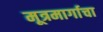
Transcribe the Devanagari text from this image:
मूत्रमार्गाचा